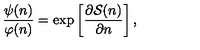
\frac { \psi ( n ) } { \varphi ( n ) } = \exp \left[ \frac { \partial { \cal S } ( n ) } { \partial n } \right] ,